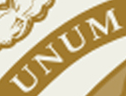
UNUM